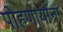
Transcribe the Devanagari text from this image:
पोहणार्यांना